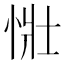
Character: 𢙳